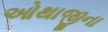
ઓથાજીના